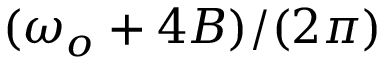
( \omega _ { o } + 4 B ) / ( 2 \pi )